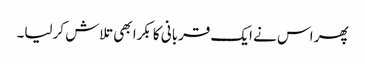
پھر اس نے ایک قربانی کا بکرا بھی تلاش کرلیا۔